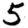
Digit: 5